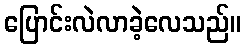
ပြောင်းလဲလာခဲ့လေသည်။